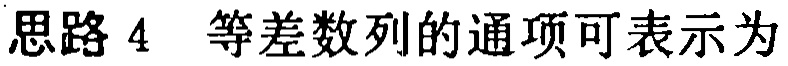
思路 4 等差数列的通项可表示为